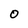
Character: o